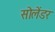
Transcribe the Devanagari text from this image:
सोलेंडर